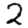
Digit: 2